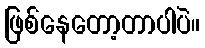
ဖြစ်နေတော့တာပါပဲ။